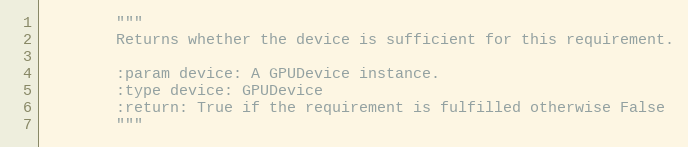
Language: Python
        """
        Returns whether the device is sufficient for this requirement.

        :param device: A GPUDevice instance.
        :type device: GPUDevice
        :return: True if the requirement is fulfilled otherwise False
        """